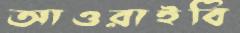
আওরাইবি